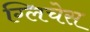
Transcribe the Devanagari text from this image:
ग्लिचेस